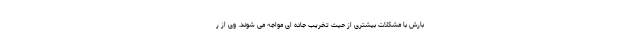
بارش با مشکلات بیشتری از حیث تخریب جاده ای مواجه می شوند. وی از ر